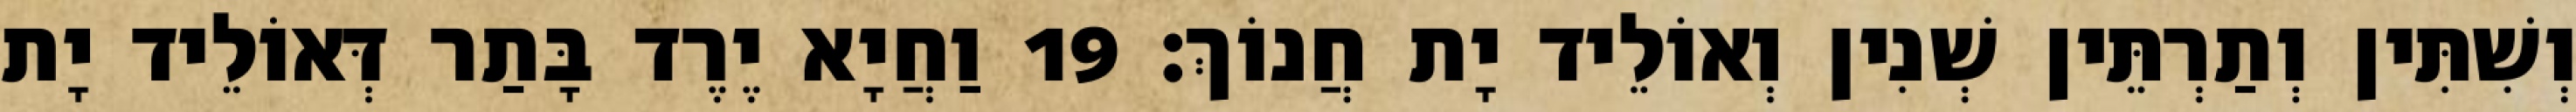
וְשִׁתִּין וְתַרְתֵּין שְׁנִין וְאוֹלֵיד יָת חֲנוֹךְ׃ 19 וַחֲיָא יֶרֶד בָּתַר דְּאוֹלֵיד יָת